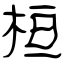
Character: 桓